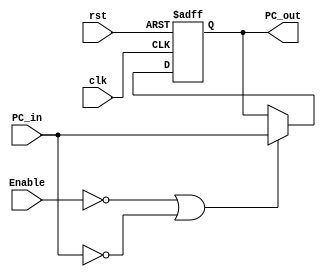
module PC(PC_in,PC_out,clk,Enable,rst);
	input [31:0]PC_in;
	input clk,rst,Enable;
	output reg [31:0]PC_out;

	always@(posedge clk  or negedge rst)
		begin
		if(!rst)
			PC_out<=32'b11111111111111111111111111111100;
		else if (!Enable || PC_in==0)
			PC_out<=PC_in;
		end
endmodule